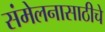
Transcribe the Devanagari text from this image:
संमेलनासाठीचे